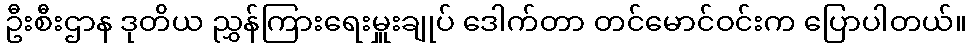
ဦးစီးဌာန ဒုတိယ ညွှန်ကြားရေးမှူးချုပ် ဒေါက်တာ တင်မောင်ဝင်းက ပြောပါတယ်။